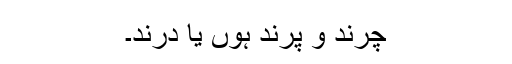
چرند و پرند ہوں یا درند۔